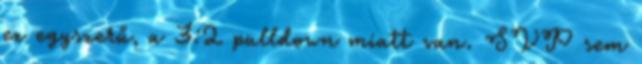
ez egyszerű, a 3:2 pulldown miatt van. SVP sem